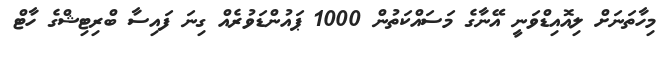
މިހާތަނަށް ލިއޮއިޑްވަނީ އޭނާގެ މަސައްކަތުން 1000 ޕައުންޑަވުރެއް ގިނަ ފައިސާ ބްރިޓިޝްގެ ހާޓް